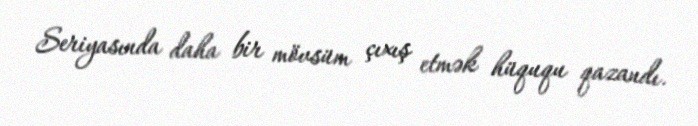
Seriyasında daha bir mövsüm çıxış etmək hüququ qazandı.